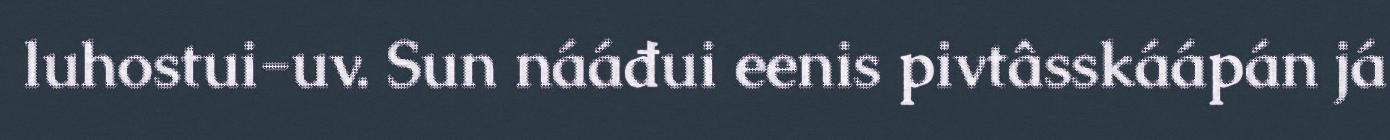
luhostui-uv. Sun nááđui eenis pivtâsskáápán já